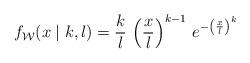
LaTeX: \begin{align*}f_{\mathcal{W}}(x \mid k, l) = \frac{k}{l} \, \left( \frac{x}{l}\right)^{k-1} \, e^{-\left( \frac{x}{l} \right)^{k}}\end{align*}